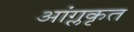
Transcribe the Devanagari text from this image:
आंग्लकृत